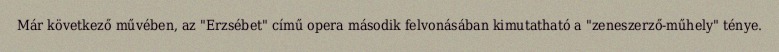
Már következő művében, az "Erzsébet" című opera második felvonásában kimutatható a "zeneszerző-műhely" ténye.